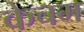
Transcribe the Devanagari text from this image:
केचम